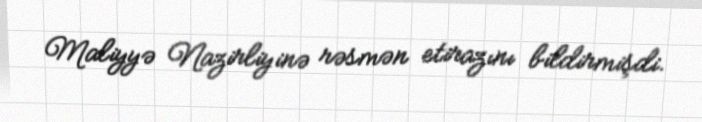
Maliyyə Nazirliyinə rəsmən etirazını bildirmişdi.